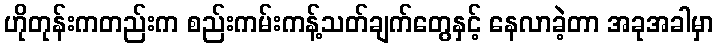
ဟိုတုန်းကတည်းက စည်းကမ်းကန့်သတ်ချက်တွေနှင့် နေလာခဲ့တာ အခုအခါမှာ